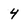
Character: 4